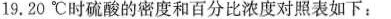
19.20℃时硫酸的密度和百分比浓度对照表如下：